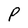
Character: P